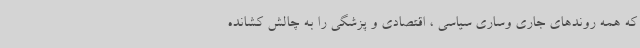
که همه روندهای جاری وساری سیاسی ، اقتصادی و پزشگی را به چالش کشانده